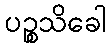
ပဉ္စသိခေါ